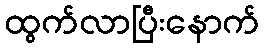
ထွက်လာပြီးနောက်